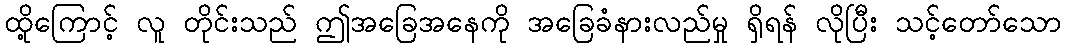
ထို့ကြောင့် လူ တိုင်းသည် ဤအခြေအနေကို အခြေခံနားလည်မှု ရှိရန် လိုပြီး သင့်တော်သော